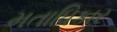
મતાધિકાર